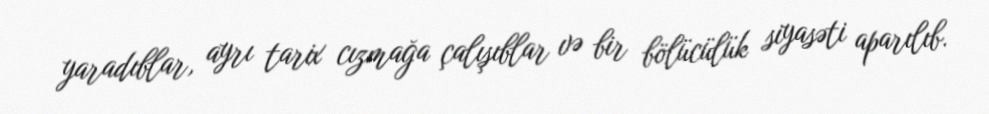
yaradıblar, ayrı tarix cızmağa çalışıblar və bir bölücülük siyasəti aparılıb.